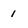
Character: 1